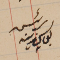
رئيس يوسف زينه